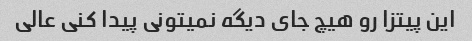
این پیتزا رو هیچ جای دیگه نمیتونی پیدا کنی عالی